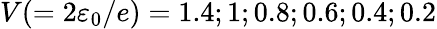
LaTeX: V(=2\varepsilon_{0}/e)=1.4;1;0.8;0.6;0.4;0.2